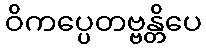
ဝိကပ္ပေတဗ္ဗန္တိပေ